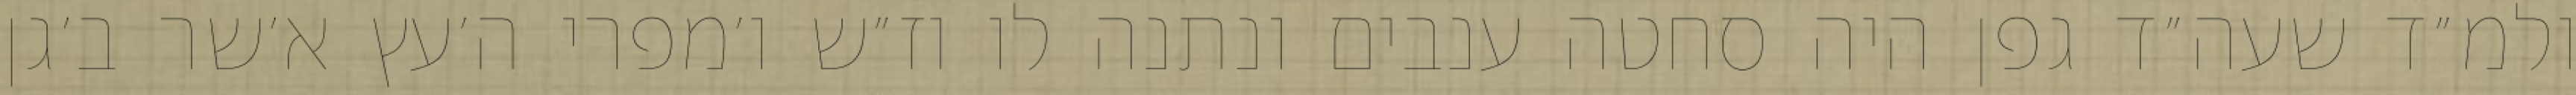
ולמ״ד שעה״ד גפן היה סחטה ענבים ונתנה לו וז״ש ו׳מפרי ה׳עץ א׳שר ב׳גן